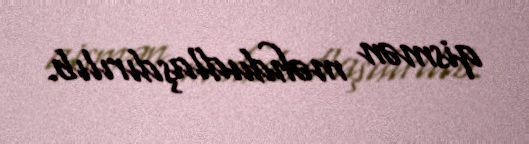
qismən məhdudlaşdırılıb.